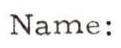
Name: